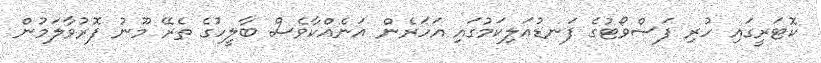
ކޮޓަރީގައި ހުރި ފަސްވޯޓުގެ ފަނޑުއަލިކަމުގައި އަހަރެން އަނެއްކާވެސް ބާލީހުގެ ތެރޭ މޫނު ފޮރުވާލަމުން